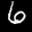
Label: 6